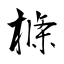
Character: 樤